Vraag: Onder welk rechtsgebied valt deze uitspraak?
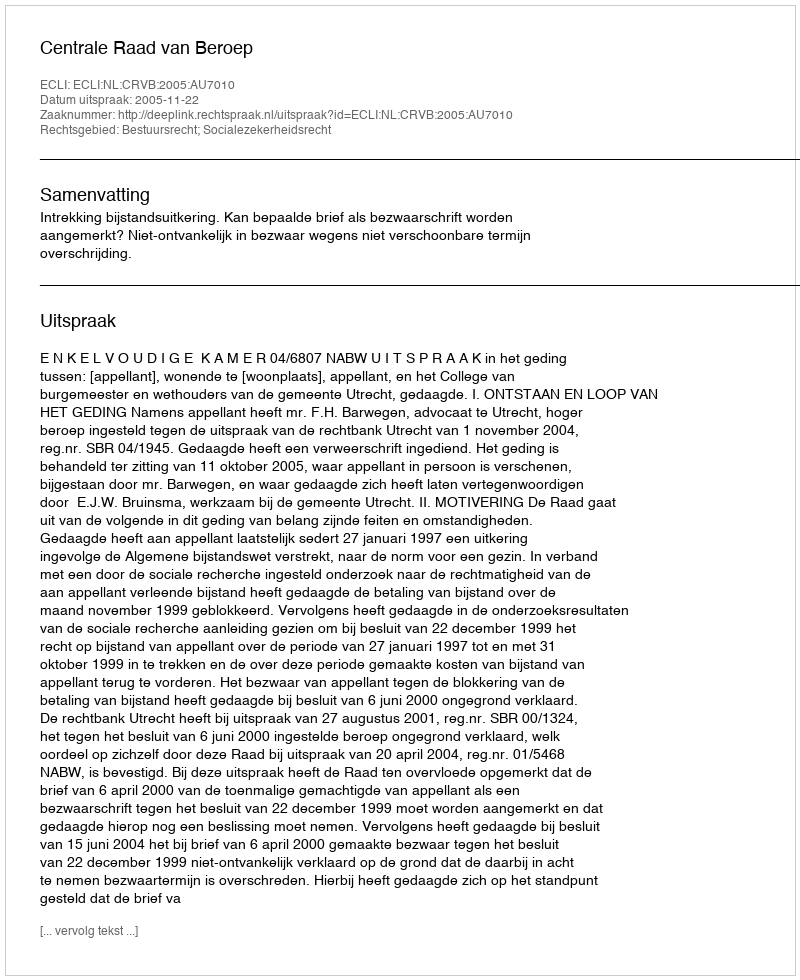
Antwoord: Bestuursrecht; Socialezekerheidsrecht